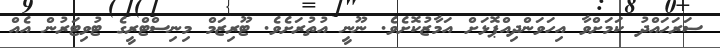
ސަރަހައްދު ކަމަށްވާ އިހަވަންދިއްޕޮޅަށް އަމާޒުކޮށެވެ. ނޫނީ އުތުރަށެވެ. ޓޫރިޒަމް މިނިސްޓްރީގެ ޓުވިޓަރުން އެއް